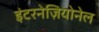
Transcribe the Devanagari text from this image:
इंटरनेज़ियोनेल